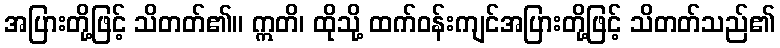
အပြားတို့ဖြင့် သိတတ်၏။ ဣတိ၊ ထိုသို့ ထက်ဝန်းကျင်အပြားတို့ဖြင့် သိတတ်သည်၏